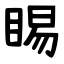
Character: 睗